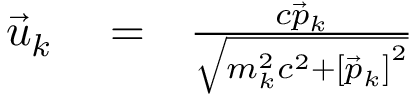
\begin{array} { r l r } { \vec { u } _ { k } } & { { } = } & { \frac { c \vec { p } _ { k } } { \sqrt { m _ { k } ^ { 2 } c ^ { 2 } + \left[ \vec { p } _ { k } \right] ^ { 2 } } } } \end{array}